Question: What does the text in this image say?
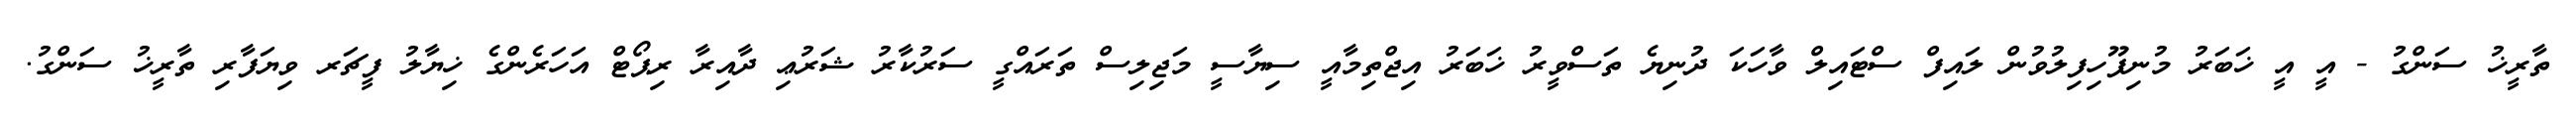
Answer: ތާރީޚު ސަންގު - އީ އީ ޚަބަރު މުނިފޫހިފިލުވުން ލައިފް ސްޓައިލް ވާހަކަ ދުނިޔެ ތަސްވީރު ޚަބަރު އިޖްތިމާއީ ސިޔާސީ މަޖިލިސް ތަރައްގީ ސަރުކާރު ޝަރުޢި ދާއިރާ ރިޕޯޓް އަހަރެންގެ ޚިޔާލު ފީޗަރ ވިޔަފާރި ތާރީޚު ސަންގު.